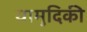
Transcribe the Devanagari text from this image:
यामुदिकी